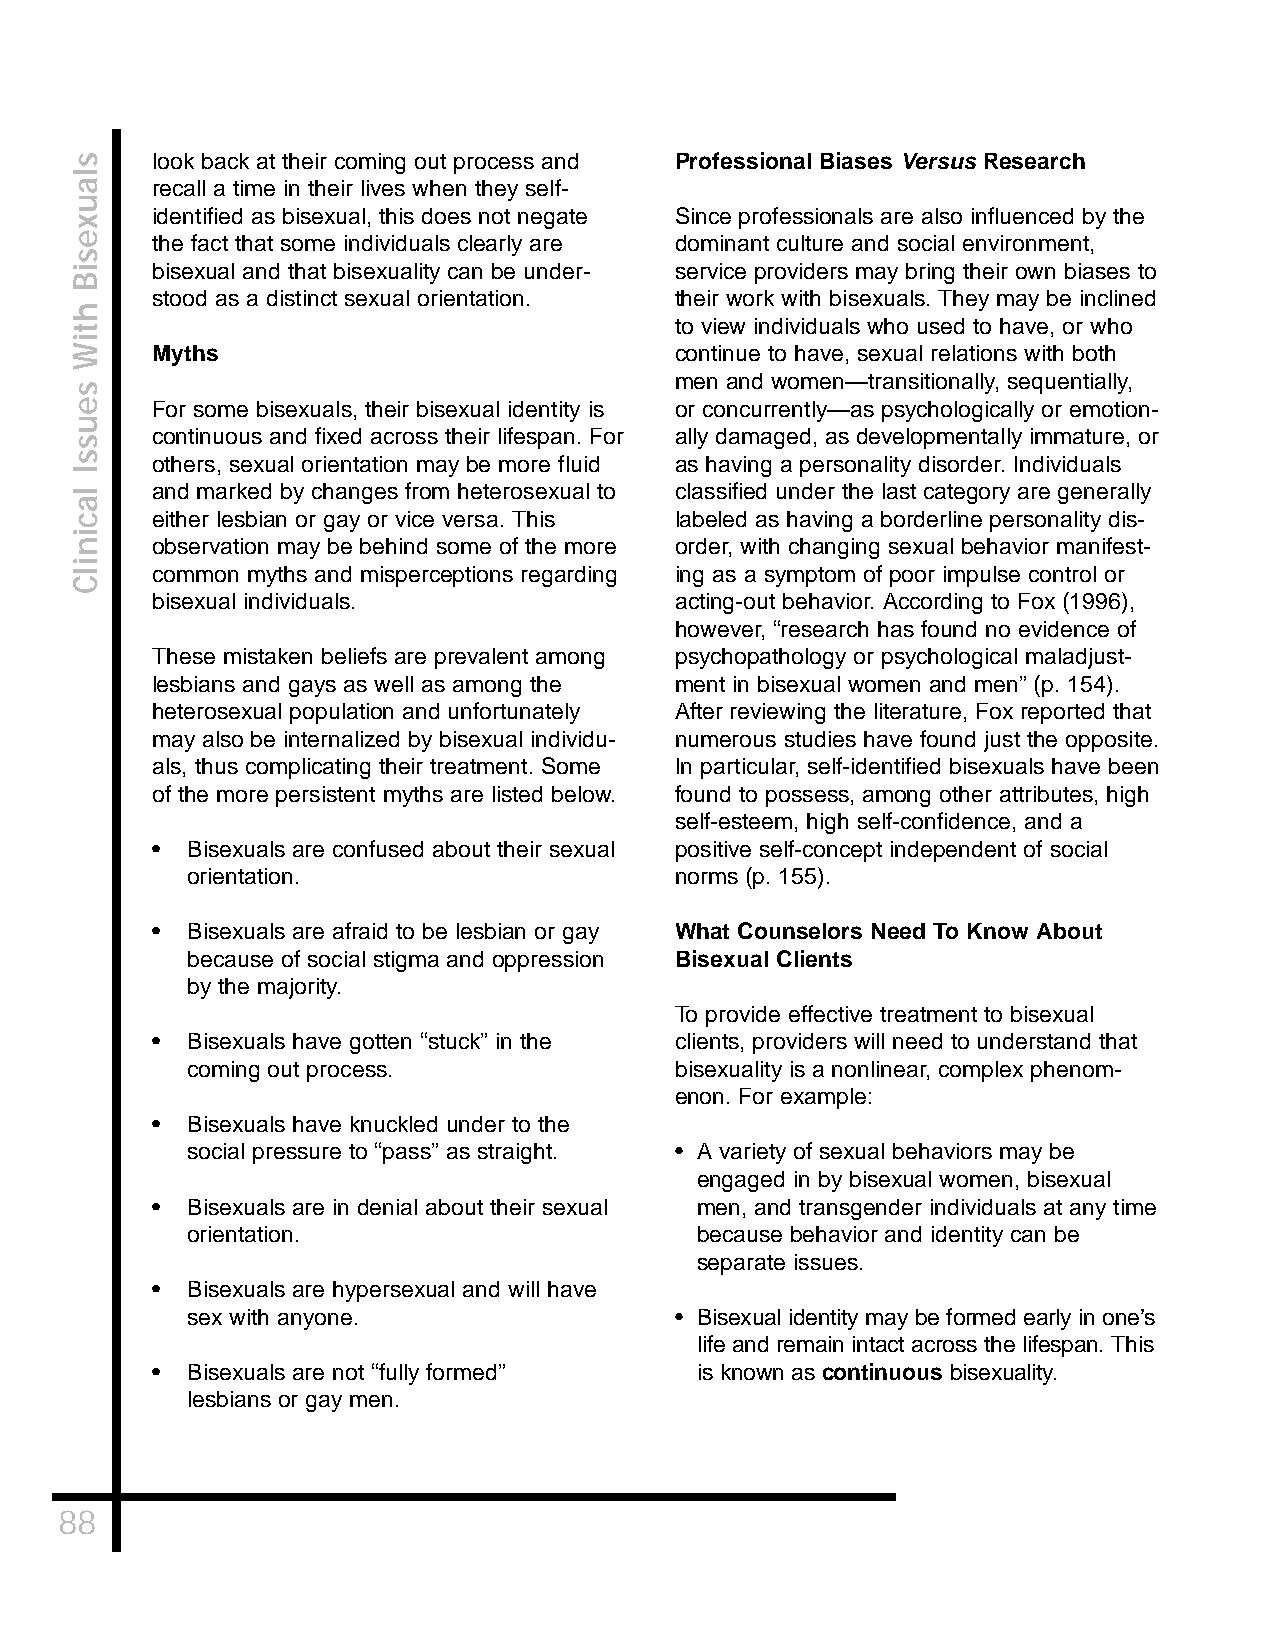
look back at their coming out process and Professional Biases Versus Research
 recall a time in their lives when they self-
 identified as bisexual, this does not negate Since professionals are also influenced by the
 the fact that some individuals clearly are dominant culture and social environment,
 bisexual and that bisexuality can be under- service providers may bring their own biases to
 stood as a distinct sexual orientation. their work with bisexuals. They may be inclined
 to view individuals who used to have, or who
 Myths                              continue to have, sexual relations with both
 men and women—transitionally, sequentially,
 For some bisexuals, their bisexual identity is or concurrently—as psychologically or emotion-
 continuous and fixed across their lifespan. For ally damaged, as developmentally immature, or
 others, sexual orientation may be more fluid as having a personality disorder. Individuals
 and marked by changes from heterosexual to classified under the last category are generally
 either lesbian or gay or vice versa. This labeled as having a borderline personality dis-
 observation may be behind some of the more order, with changing sexual behavior manifest-
 common myths and misperceptions regarding ing as a symptom of poor impulse control or
 bisexual individuals.              acting-out behavior. According to Fox (1996),
 however, “research has found no evidence of
 These mistaken beliefs are prevalent among psychopathology or psychological maladjust-
 lesbians and gays as well as among the ment in bisexual women and men” (p. 154).
 heterosexual population and unfortunately After reviewing the literature, Fox reported that
 may also be internalized by bisexual individu- numerous studies have found just the opposite.
 als, thus complicating their treatment. Some In particular, self-identified bisexuals have been
 of the more persistent myths are listed below. found to possess, among other attributes, high
 self-esteem, high self-confidence, and a
 • Bisexuals are confused about their sexual positive self-concept independent of social
 orientation.                     norms (p. 155).
 • Bisexuals are afraid to be lesbian or gay What Counselors Need To Know About
 because of social stigma and oppression Bisexual Clients
 by the majority.
 To provide effective treatment to bisexual
 • Bisexuals have gotten “stuck” in the clients, providers will need to understand that
 coming out process.              bisexuality is a nonlinear, complex phenom-
 enon. For example:
 • Bisexuals have knuckled under to the
 social pressure to “pass” as straight. • A variety of sexual behaviors may be
 engaged in by bisexual women, bisexual
 • Bisexuals are in denial about their sexual men, and transgender individuals at any time
 orientation.                      because behavior and identity can be
 separate issues.
 • Bisexuals are hypersexual and will have
 sex with anyone.                 • Bisexual identity may be formed early in one’s
 life and remain intact across the lifespan. This
 • Bisexuals are not “fully formed”  is known as continuous bisexuality.
 lesbians or gay men.
 88
 slauxesiB
 htiW
 seussI
 lacinilC